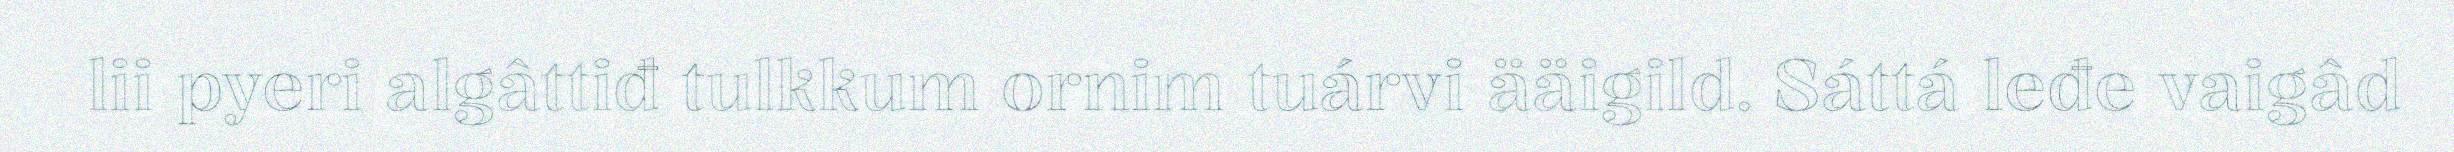
lii pyeri algâttiđ tulkkum ornim tuárvi ääigild. Sáttá leđe vaigâd